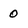
Character: 0